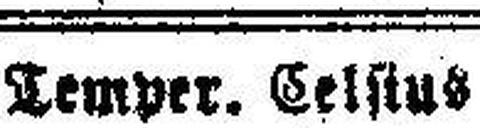
Temper. Celsius